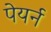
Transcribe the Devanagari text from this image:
पेयर्न